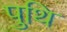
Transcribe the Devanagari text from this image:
पुथि